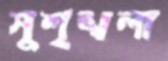
সুশৃঙ্খলা